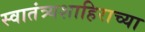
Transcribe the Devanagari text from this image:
स्वातंत्र्यशाहिराच्या